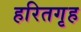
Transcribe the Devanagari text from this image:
हरितगृह